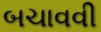
બચાવવી